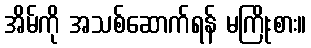
အိမ်ကို အသစ်ဆောက်ရန် မကြိုးစား။